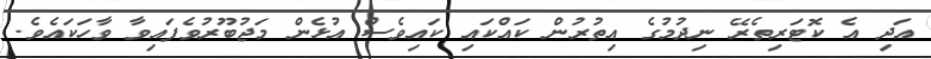
އަދި އެ ކޮޓަރިތެރޭ ނިދުމުގެ އިތުރުން ކައްކައި ކައިވެސް އުޅެން މަޖުބޫރުވެފައިވާ ވާހަކައެވެ.